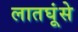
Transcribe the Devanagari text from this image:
लातघूंसे